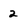
Character: 2